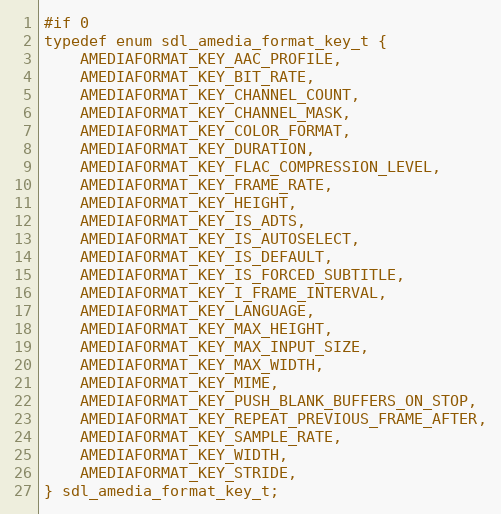
Language: C
#if 0
typedef enum sdl_amedia_format_key_t {
    AMEDIAFORMAT_KEY_AAC_PROFILE,
    AMEDIAFORMAT_KEY_BIT_RATE,
    AMEDIAFORMAT_KEY_CHANNEL_COUNT,
    AMEDIAFORMAT_KEY_CHANNEL_MASK,
    AMEDIAFORMAT_KEY_COLOR_FORMAT,
    AMEDIAFORMAT_KEY_DURATION,
    AMEDIAFORMAT_KEY_FLAC_COMPRESSION_LEVEL,
    AMEDIAFORMAT_KEY_FRAME_RATE,
    AMEDIAFORMAT_KEY_HEIGHT,
    AMEDIAFORMAT_KEY_IS_ADTS,
    AMEDIAFORMAT_KEY_IS_AUTOSELECT,
    AMEDIAFORMAT_KEY_IS_DEFAULT,
    AMEDIAFORMAT_KEY_IS_FORCED_SUBTITLE,
    AMEDIAFORMAT_KEY_I_FRAME_INTERVAL,
    AMEDIAFORMAT_KEY_LANGUAGE,
    AMEDIAFORMAT_KEY_MAX_HEIGHT,
    AMEDIAFORMAT_KEY_MAX_INPUT_SIZE,
    AMEDIAFORMAT_KEY_MAX_WIDTH,
    AMEDIAFORMAT_KEY_MIME,
    AMEDIAFORMAT_KEY_PUSH_BLANK_BUFFERS_ON_STOP,
    AMEDIAFORMAT_KEY_REPEAT_PREVIOUS_FRAME_AFTER,
    AMEDIAFORMAT_KEY_SAMPLE_RATE,
    AMEDIAFORMAT_KEY_WIDTH,
    AMEDIAFORMAT_KEY_STRIDE,
} sdl_amedia_format_key_t;